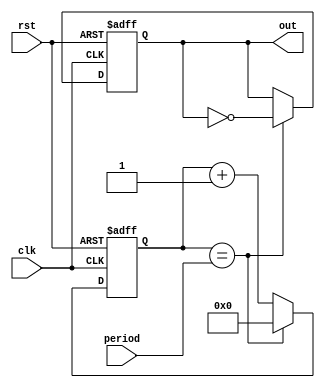
module periodic_timer (
  input clk, // system clock signal
  input rst, // reset signal
  input [15:0] period, // period value
  output reg out // output signal
);

reg [15:0] count; // counter for counting clock cycles

always @(posedge clk or posedge rst) begin
  if (rst) begin
    count <= 16'h0; // reset the counter
    out <= 1'b0; // reset the output signal
  end else begin
    if (count == period) begin
      count <= 16'h0; // reset the counter
      out <= ~out; // toggle the output signal
    end else begin
      count <= count + 1; // increment the counter
    end
  end
end

endmodule